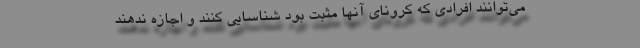
می‌توانند افرادی که کرونای آنها مثبت بود شناسایی کنند و اجازه ندهند